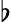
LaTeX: \flat